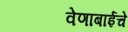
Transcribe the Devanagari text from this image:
वेणाबाईचे